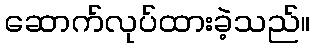
ဆောက်လုပ်ထားခဲ့သည်။